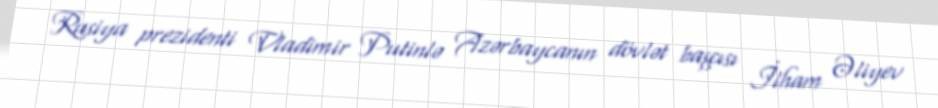
Rusiya prezidenti Vladimir Putinlə Azərbaycanın dövlət başçısı İlham Əliyev